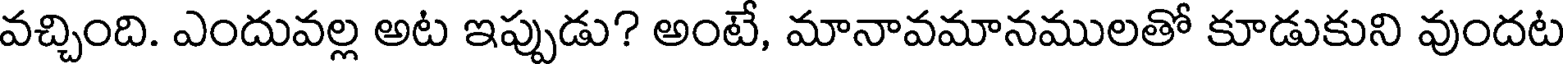
వచ్చింది. ఎందువల్ల అట ఇప్పుడు? అంటే, మానావమానములతో కూడుకుని వుందట